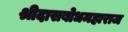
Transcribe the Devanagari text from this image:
श्रीदासबोधमहाराज